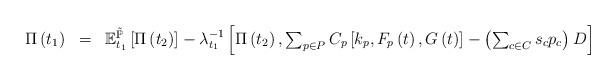
LaTeX: \begin{align*}\begin{array}{rcl}\Pi\left(t_{1}\right) & = & \mathbb{E}_{t_{1}}^{\mathbb{\tilde{P}}}\left[\Pi\left(t_{2}\right)\right]-\lambda^{-1}_{t_{1}}\left[\Pi\left(t_{2}\right),\sum_{p\in P}C_{p}\left[k_{p},F_{p}\left(t\right),G\left(t\right)\right]-\left(\sum_{c\in C}s_{c}p_{c}\right)D\right]\end{array}\end{align*}